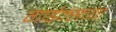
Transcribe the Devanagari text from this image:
गार्डन्सच्या